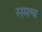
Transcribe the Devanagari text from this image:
समन्त्र